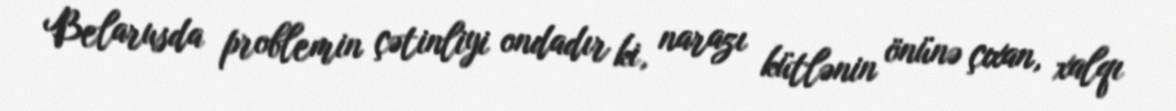
Belarusda problemin çətinliyi ondadır ki, narazı kütlənin önünə çıxan, xalqı